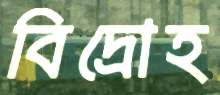
বিদ্রোহ